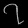
Digit: ၇